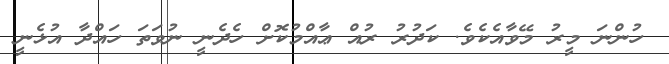
ހުންނަ މީރު މޭވާއެކެވެ. ކަދުރު ރުއް ޢާއްމުކޮށް ހެދެނީ ނުވަތަ ހައްދާ އުޅެނީ